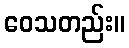
ဝေသတည်း။